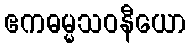
ဧကဓမ္မသဝနီယော